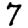
Digit: 7